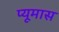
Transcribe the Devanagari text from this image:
प्यूमास